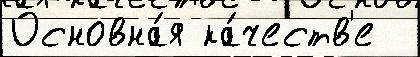
Основна́я ка́честв'е